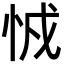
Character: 㤜